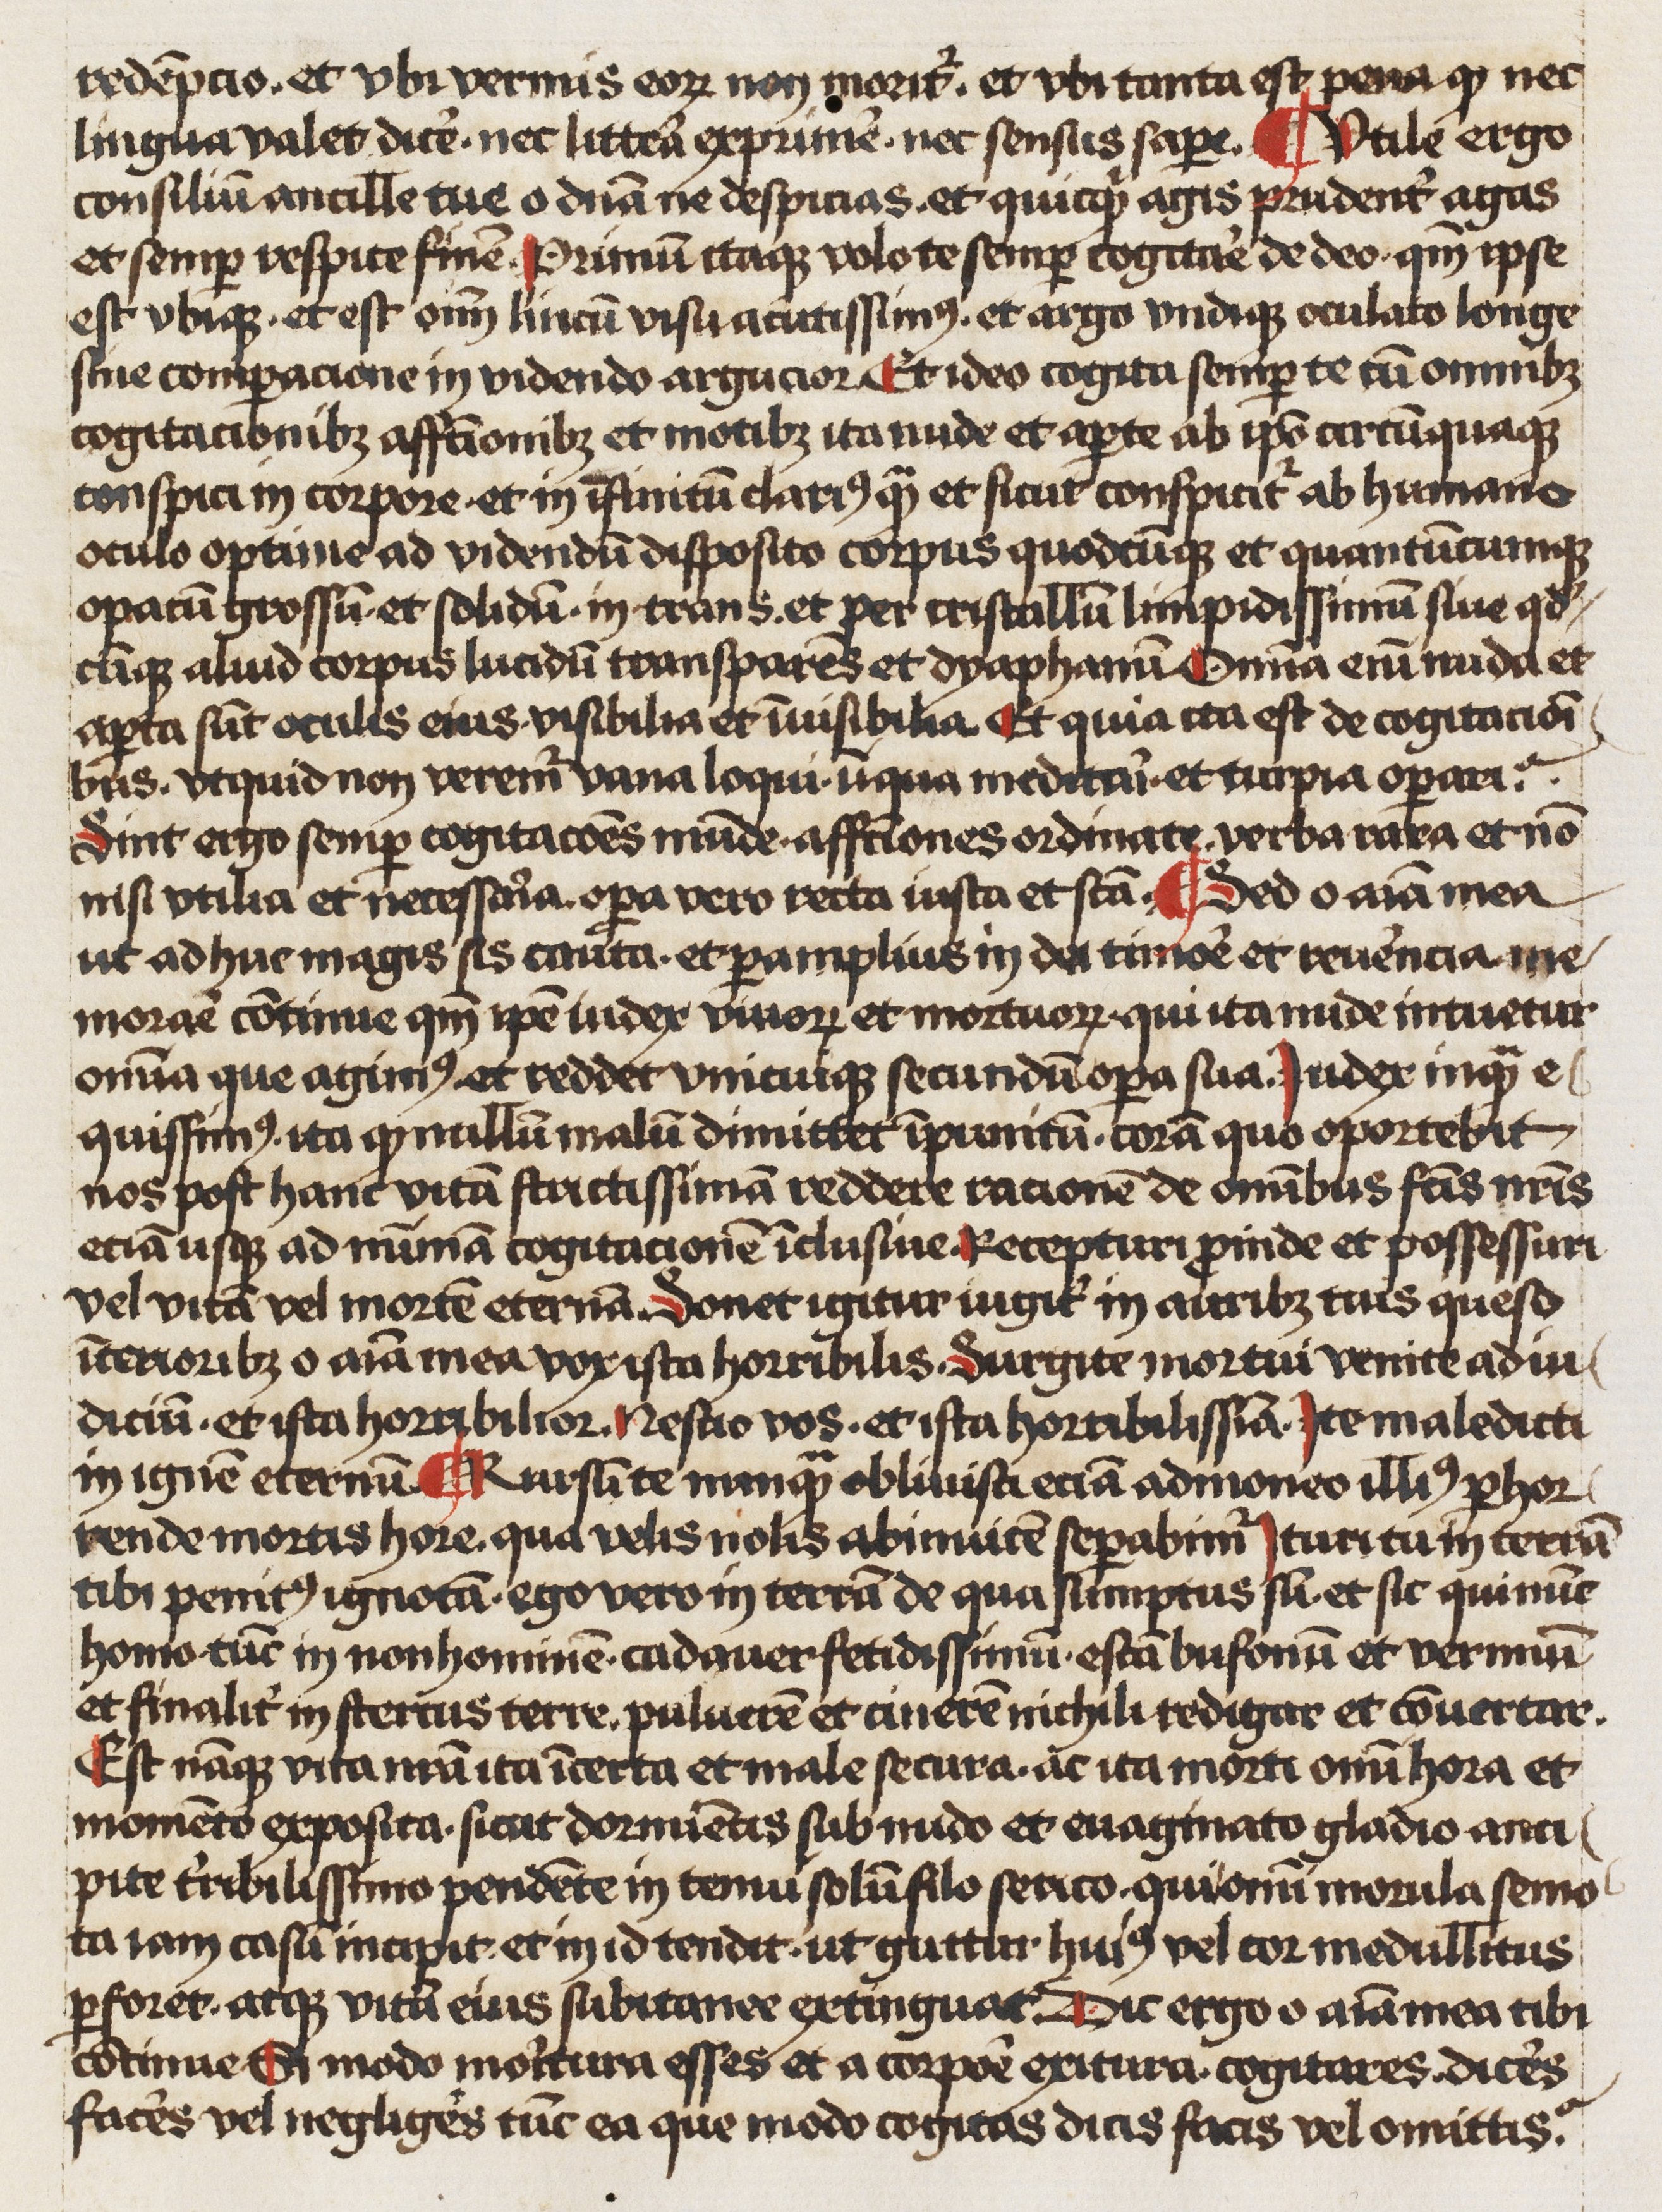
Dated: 1466–1466